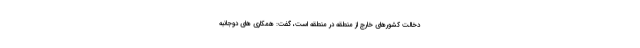
دخالت کشورهای خارج از منطقه در منطقه است، گفت: همکاری های دوجانبه